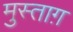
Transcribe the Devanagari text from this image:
मुस्ताग़